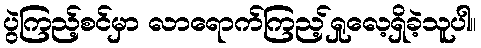
ပွဲကြည့်စင်မှာ လာရောက်ကြည့်ရှုလေ့ရှိခဲ့သူပါ။